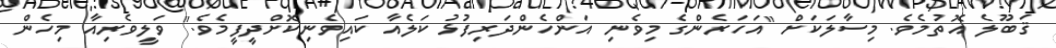
ޤަބޫލެ އޮތުމެވެ. މިސާލަކަށް "އަހަރެންގެ މިވެނި އަންހެންދަރިފުޅު ކަލެއާ ކައިވެނިކޮށްދީފީމެވެ." ވަލީވެރިއާ މިހެން